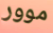
موور